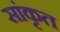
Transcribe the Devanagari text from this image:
सांकृत